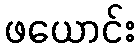
ဖယောင်း